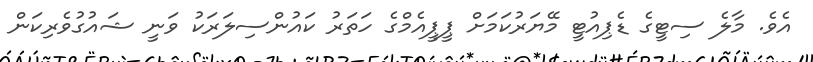
އެވެ. މާލެ ސިޓީގެ ޑެޕިއުޓީ މޭޔަރުކަމަށް ޕީޕީއެމްގެ ހަތަރު ކައުންސިލަރަކު ވަނީ ޝައުގުވެރިކަން